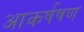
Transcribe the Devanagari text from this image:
आकर्षषण